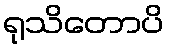
ရုသိတောပိ